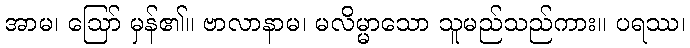
အာမ၊ ဩော် မှန်၏။ ဗာလာနာမ၊ မလိမ္မာသော သူမည်သည်ကား။ ပရဿ၊